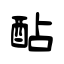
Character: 酟